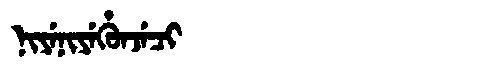
Manchu: ᠨᡳᠶᡝᠨᡳᠶᡝᡥᡠᠨᠵᡝᠴᡳ
Romanization: NIYENIYEHUNJECI